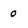
Character: 0